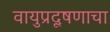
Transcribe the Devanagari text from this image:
वायुप्रदूषणाचा